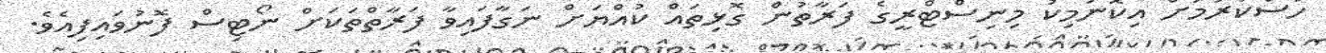
ހުސްކުރުމަށް އިކޮނަމިކު މިނިސްޓްރީގެ ފަރާތުން ގޮޅިތައް ކުއްޔަށް ނަގާފައިވާ ފަރާތްތަކަށް ނޯޓިސް ފޮނުވައިފިއެވެ.